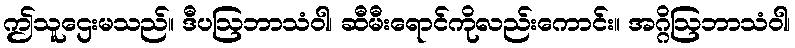
ဤသူဌေးမသည်။ ဒီပဩဘာသံဝါ၊ ဆီမီးရောင်ကိုလည်းကောင်း။ အဂ္ဂိဩဘာသံဝါ၊